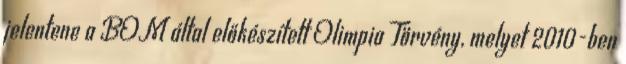
jelentene a BOM által előkészített Olimpia Törvény, melyet 2010-ben